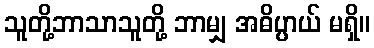
သူတို့ဘာသာသူတို့ ဘာမျှ အဓိပ္ပာယ် မရှိ။